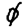
Digit: 0